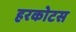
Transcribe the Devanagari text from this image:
हरकोटस